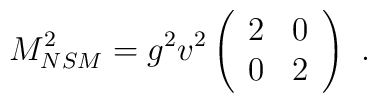
M_{NSM}^2 =g^2 v^2 \left(\begin{array}{cc}    2 & 0   \\     0 & 2  \\   \end{array} \right)~.~\,